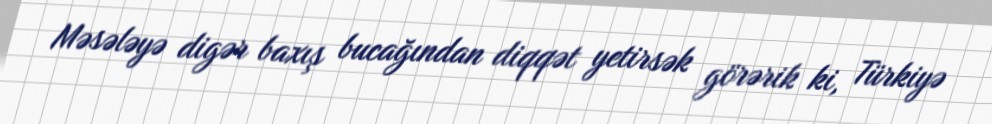
Məsələyə digər baxış bucağından diqqət yetirsək görərik ki, Türkiyə